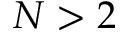
N > 2